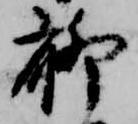
聊